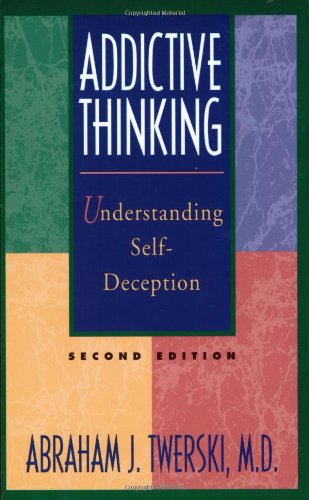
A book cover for Addictive Thinking: Understanding Self-Deception; Abraham J Twerski M.D.; Health, Fitness & Dieting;